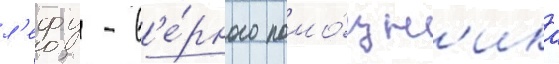
л'ефу - в'е́рного помо́щн'ика